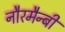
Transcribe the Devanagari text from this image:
नौरमैन्बी